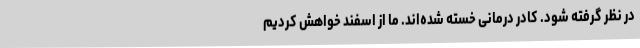
در نظر گرفته شود. کادر درمانی خسته شده‌اند. ما از اسفند خواهش کردیم